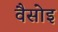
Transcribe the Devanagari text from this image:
वैसोइ